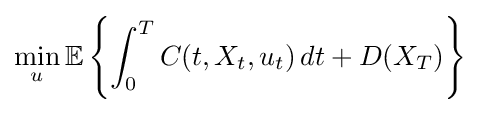
\min _{u}\mathbb {E} \left\{\int _{0}^{T}C(t,X_{t},u_{t})\,dt+D(X_{T})\right\}